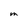
Character: m